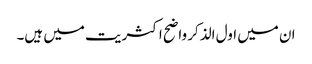
ان میں اول الذکر واضح اکثریت میں ہیں۔